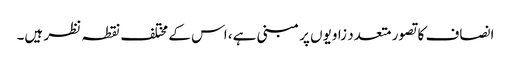
انصاف کا تصور متعدد زاویوں پر مبنی ہے، اس کے مختلف نقطہ نظر ہیں۔